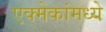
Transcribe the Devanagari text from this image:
एक्मेकांमध्ये